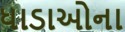
ધાડાઓના